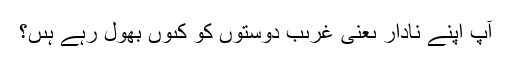
آپ اپنے نادار ىعنى غرىب دوستوں کو کىوں بھول رہے ہىں؟